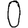
Digit: 9